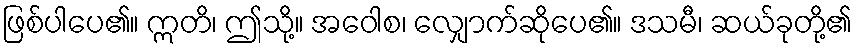
ဖြစ်ပါပေ၏။ ဣတိ၊ ဤသို့။ အဝေါစ၊ လျှောက်ဆိုပေ၏။ ဒသမီ၊ ဆယ်ခုတို့၏